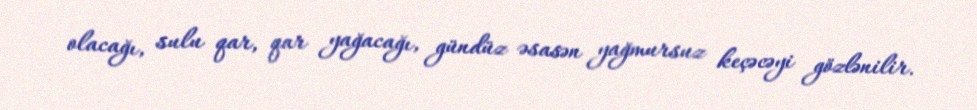
olacağı, sulu qar, qar yağacağı, gündüz əsasən yağmursuz keçəcəyi gözlənilir.